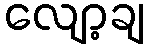
လျော့ချ